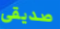
صديقى